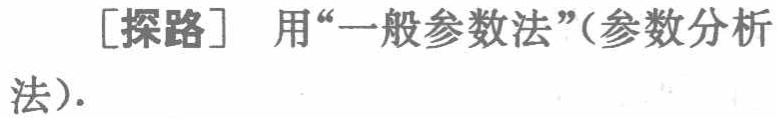
[探路] 用“一般参数法”(参数分析法).